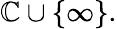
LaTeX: \mathbb{C}\cup\{ \infty\} .